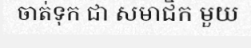
ចាត់ទុក ជា សមាជិក មួយ